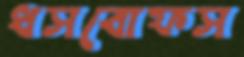
ধসবোফস